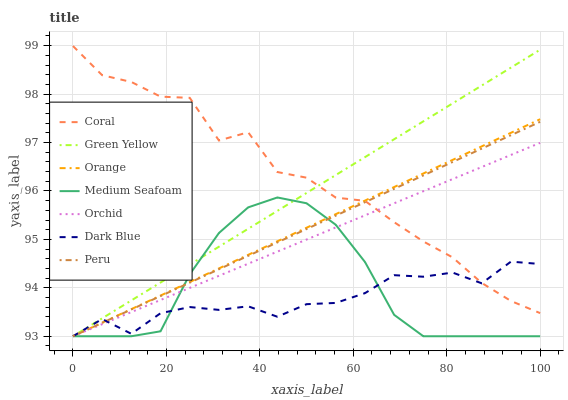
| xaxis_label | Coral | Green Yellow | Orange | Medium Seafoam | Orchid | Dark Blue | Peru |
 | --- | --- | --- | --- | --- | --- | --- | --- |
 | 0 | 99 | 93 | 93 | 93 | 93 | 93 | 93 |
 | 6.25 | 98.4 | 93.4 | 93.3 | 93 | 93.2 | 93.4 | 93.3 |
 | 12.5 | 98.2 | 93.7 | 93.6 | 93 | 93.5 | 93.1 | 93.6 |
 | 18.8 | 97.9 | 94.1 | 93.8 | 93.1 | 93.7 | 93.5 | 93.8 |
 | 25 | 97.9 | 94.5 | 94.1 | 94.3 | 94 | 93.6 | 94.1 |
 | 31.2 | 97 | 94.8 | 94.4 | 95.1 | 94.2 | 93.5 | 94.4 |
 | 37.5 | 97.2 | 95.2 | 94.7 | 95.7 | 94.5 | 93.6 | 94.7 |
 | 43.8 | 96.4 | 95.6 | 95 | 95.9 | 94.7 | 93.4 | 94.9 |
 | 50 | 96.3 | 96 | 95.2 | 95.7 | 95 | 93.7 | 95.2 |
 | 56.2 | 95.9 | 96.3 | 95.5 | 95.3 | 95.2 | 93.7 | 95.5 |
 | 62.5 | 95.8 | 96.7 | 95.8 | 94.5 | 95.5 | 93.9 | 95.8 |
 | 68.8 | 95.4 | 97.1 | 96.1 | 93.4 | 95.7 | 94.3 | 96 |
 | 75 | 95 | 97.4 | 96.4 | 93 | 96 | 94.2 | 96.3 |
 | 81.2 | 94.6 | 97.8 | 96.6 | 93 | 96.2 | 94.3 | 96.6 |
 | 87.5 | 94.1 | 98.2 | 96.9 | 93 | 96.5 | 94.1 | 96.9 |
 | 93.8 | 93.7 | 98.5 | 97.2 | 93 | 96.7 | 94.5 | 97.2 |
 | 100 | 93.5 | 98.9 | 97.5 | 93 | 97 | 94.5 | 97.4 |